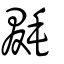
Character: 毲